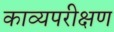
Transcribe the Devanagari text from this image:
काव्यपरीक्षण